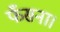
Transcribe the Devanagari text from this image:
फँसना।